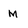
Character: M